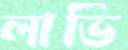
লাভি